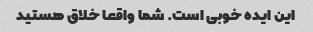
این ایده خوبی است. شما واقعا خلاق هستید